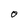
Character: O